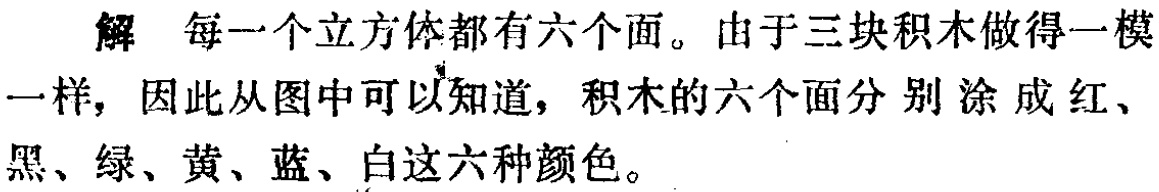
解 每一个立方体都有六个面。由于三块积木做得一模

一样，因此从图中可以知道，积木的六个面分别涂成红、

黑、绿、黄、蓝、白这六种颜色。